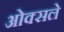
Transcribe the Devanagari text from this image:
ओक्सले